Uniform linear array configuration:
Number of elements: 64
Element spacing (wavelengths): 1
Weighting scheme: blackman
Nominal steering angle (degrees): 15
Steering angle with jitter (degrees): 14.232
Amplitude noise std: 0.05
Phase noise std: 0.05

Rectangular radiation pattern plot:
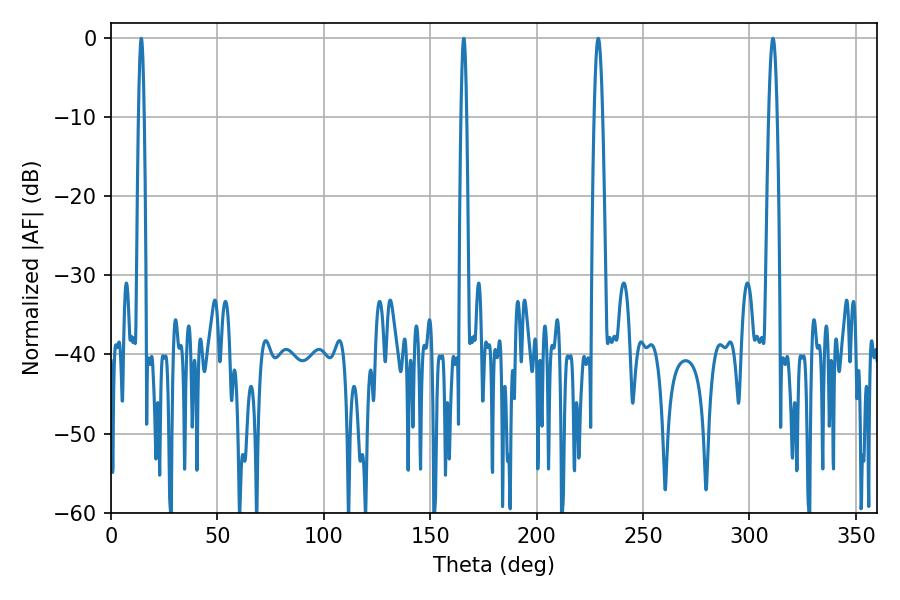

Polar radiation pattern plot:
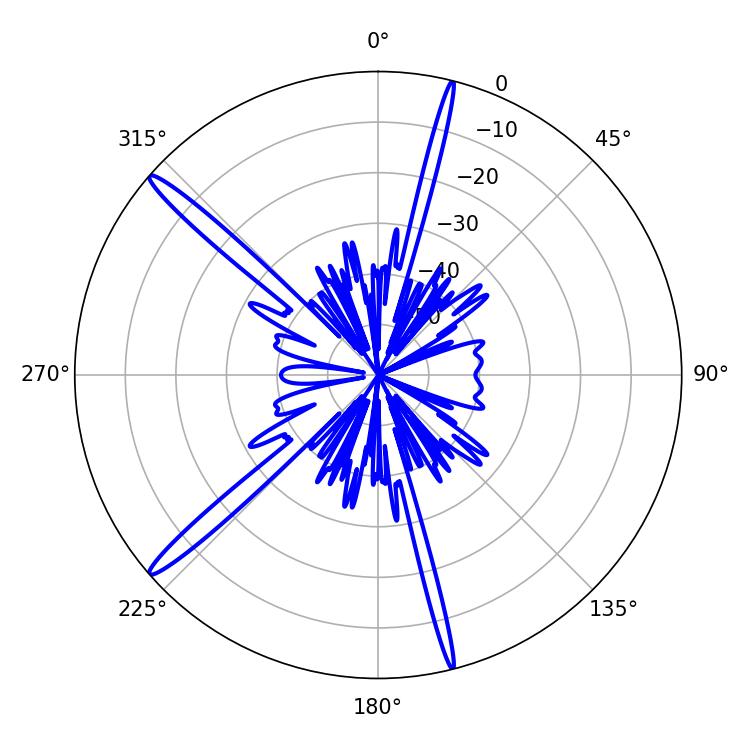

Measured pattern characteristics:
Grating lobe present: TRUE
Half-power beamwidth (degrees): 2.16
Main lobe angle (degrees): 311.04